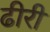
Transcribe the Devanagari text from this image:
ढीरी